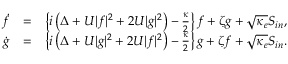
\begin{array} { r l r } { \dot { f } } & { = } & { \left\{ i \left( \Delta + U | f | ^ { 2 } + 2 U | g | ^ { 2 } \right) - \frac { \kappa } { 2 } \right\} f + \zeta g + \sqrt { \kappa _ { e } } S _ { i n } , } \\ { \dot { g } } & { = } & { \left\{ i \left( \Delta + U | g | ^ { 2 } + 2 U | f | ^ { 2 } \right) - \frac { \kappa } { 2 } \right\} g + \zeta f + \sqrt { \kappa _ { e } } S _ { i n } . } \end{array}